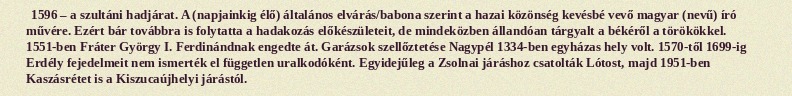
1596 – a szultáni hadjárat. A (napjainkig élő) általános elvárás/babona szerint a hazai közönség kevésbé vevő magyar (nevű) író művére. Ezért bár továbbra is folytatta a hadakozás előkészületeit, de mindeközben állandóan tárgyalt a békéről a törökökkel. 1551-ben Fráter György I. Ferdinándnak engedte át. Garázsok szellőztetése Nagypél 1334-ben egyházas hely volt. 1570-től 1699-ig Erdély fejedelmeit nem ismerték el független uralkodóként. Egyidejűleg a Zsolnai járáshoz csatolták Lótost, majd 1951-ben Kaszásrétet is a Kiszucaújhelyi járástól.